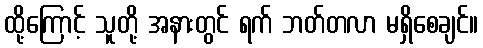
ထို့ကြောင့် သူတို့ အနားတွင် ရက် ဘတ်တလာ မရှိစေချင်။